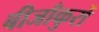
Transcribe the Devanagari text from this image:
बीजाँकुरों